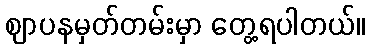
ဈာပနမှတ်တမ်းမှာ တွေ့ရပါတယ်။